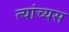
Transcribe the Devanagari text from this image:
त्यांच्यस